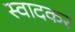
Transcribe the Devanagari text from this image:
स्वादकर